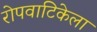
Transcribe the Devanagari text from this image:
रोपवाटिकेला